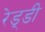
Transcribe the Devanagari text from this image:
रेड्‌डी